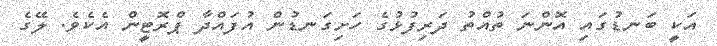
އަކީ ބަނޑުގައި އޮންނަ ތުއްތު ދަރިފުޅުގެ ހަށިގަނޑުން އުފައްދާ ޕްރޮޓީން އެކެވެ. ލޭގެ